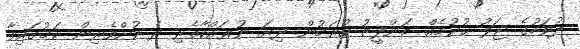
ދުވަހުގެ ޖަލު ޙުކުމެއް ތަންފީޒު ކުރަމުން ދިޔަ ނުރައްކާތެރި ދެ ކުށްވެރިން ކަމުގައިވާ